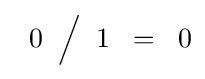
\;\;0\;\;{\Big /}\;\;1\;\;=\;\;0